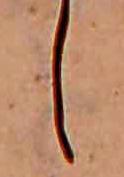
し